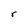
Character: r